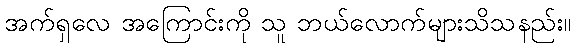
အက်ရှလေ အကြောင်းကို သူ ဘယ်လောက်များသိသနည်း။